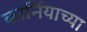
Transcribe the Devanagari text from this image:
कार्नियाच्या